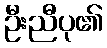
ဦးညီပု၏